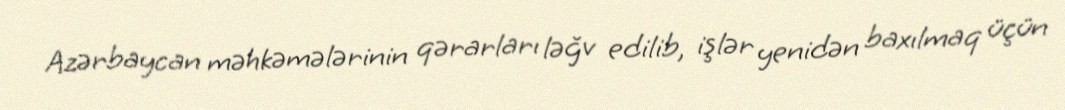
Azərbaycan məhkəmələrinin qərarları ləğv edilib, işlər yenidən baxılmaq üçün